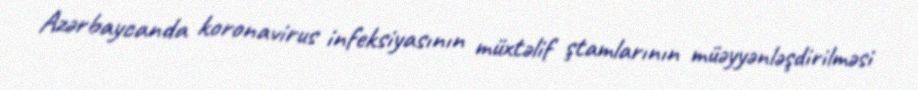
Azərbaycanda koronavirus infeksiyasının müxtəlif ştamlarının müəyyənləşdirilməsi